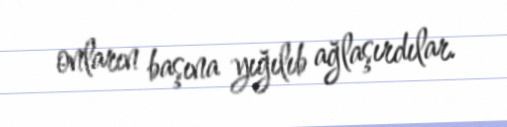
onların başına yığılıb ağlaşırdılar.